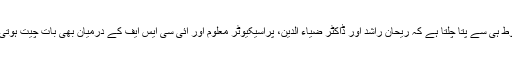
برقی خطوط ہی سے پتا چلتا ہے کہ ریحان راشد اور ڈاکٹر ضیاء الدین، پراسیکیوٹر معلوم اور آئی سی ایس ایف کے درمیان بھی بات چیت ہوتی رہی ہے۔